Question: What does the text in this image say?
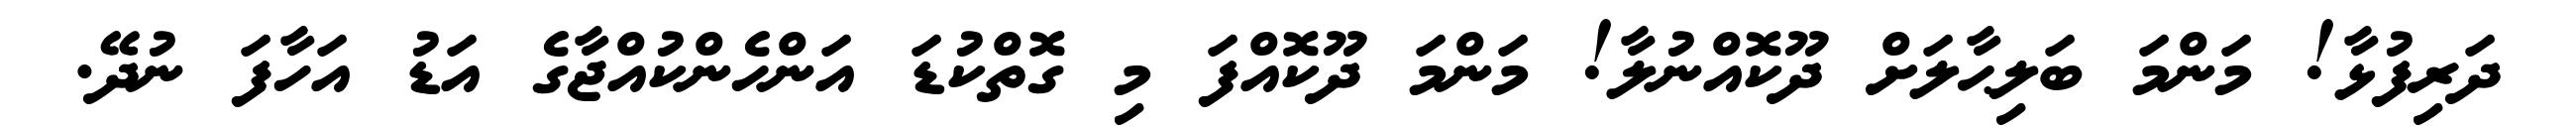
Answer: ދަރިފުޅާ! މަންމަ ބަލިޙާލަށް ދޫކޮއްނުލާ! މަންމަ ދޫކޮއްފަ މި ގޮތްކުޑަ އަންހެންކުއްޖާގެ އަޑު އަހާފަ ނުދޭ.